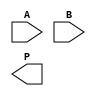
module WallaceTreeMultiplier #(parameter N = 4) (
    input [N-1:0] A,
    input [N-1:0] B,
    output [2*N-1:0] P
);

    // Partial Products Generation
    wire [N-1:0] pp [0:N-1]; // Partial products

    genvar i, j;
    generate
        for(i=0; i<N; i=i+1) begin: gen_pp
            for(j=0; j<N; j=j+1) begin: gen_pp_bit
                assign pp[i][j] = A[i] & B[j];
            end
        end
    endgenerate

    // Carry-Save Adders (CSAs)
    wire [N:0] sum1, sum2, carry1, carry2;
    wire [N:0] sum_out[N/3:0], carry_out[N/3:0];

    // Reduction Stage 1
    generate
        for(i=0; i<N/3; i=i+1) begin: CSA_stage1
            if (i*3 + 2 < N) begin
                assign {carry1[i], sum1[i]} = pp[i*3] + pp[i*3 + 1] + pp[i*3 + 2];
            end else if (i*3 + 1 < N) begin
                assign {carry1[i], sum1[i]} = pp[i*3] + pp[i*3 + 1];
                assign carry1[i][0] = 0; // Handle missing bit
            end else begin
                assign sum1[i] = pp[i*3]; // Handle extra bits
                assign carry1[i][0] = 0;
            end
        end
    endgenerate

    // Final Adder Stage
    wire [N:0] final_sum, final_carry;

    generate
        for(i=0; i<N/3; i=i+1) begin: CSA_stage2
            assign {carry_out[i+1], sum_out[i]} = {carry1[i], sum1[i]} + pp[3*i+3];
        end
    endgenerate

    // Final addition
    assign {final_carry, final_sum} = {carry_out[N/3], sum_out[N/3]} + carry_out[N/3+1];

    // Produce the final output
    assign P = final_sum + final_carry;

endmodule